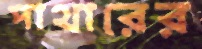
পাথারের